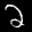
Label: 2